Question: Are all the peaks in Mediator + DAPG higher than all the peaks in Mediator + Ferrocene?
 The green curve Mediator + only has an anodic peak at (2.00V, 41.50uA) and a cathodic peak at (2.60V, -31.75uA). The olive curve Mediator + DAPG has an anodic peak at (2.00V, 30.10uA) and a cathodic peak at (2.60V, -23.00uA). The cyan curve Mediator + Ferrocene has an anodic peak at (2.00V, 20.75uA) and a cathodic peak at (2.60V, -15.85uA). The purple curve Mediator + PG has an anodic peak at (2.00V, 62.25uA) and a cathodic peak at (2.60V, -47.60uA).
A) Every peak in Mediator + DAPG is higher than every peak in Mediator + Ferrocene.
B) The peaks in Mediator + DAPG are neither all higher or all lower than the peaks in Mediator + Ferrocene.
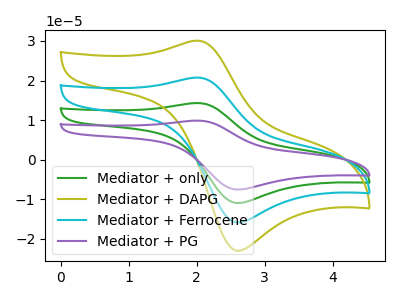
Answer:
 <answer>A) Every peak in "Mediator + DAPG" is higher than every peak in "Mediator + Ferrocene".</answer>
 <eval>A</eval>